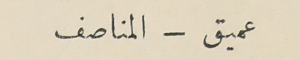
عميق - المناصف